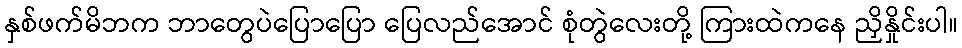
နှစ်ဖက်မိဘက ဘာတွေပဲပြောပြော ပြေလည်အောင် စုံတွဲလေးတို့ ကြားထဲကနေ ညှိနှိုင်းပါ။